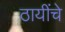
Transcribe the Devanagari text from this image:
ठायींचे